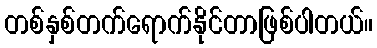
တစ်နှစ်တက်ရောက်နိုင်တာဖြစ်ပါတယ်။